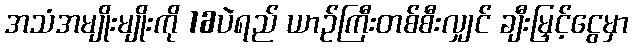
အသံအမျိုးမျိုးကို 16ပဲရည် ယာဉ်ကြီးတစ်စီးလျှင် ချီးမြှင့်ငွေမှာ